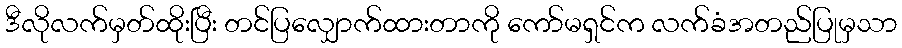
ဒီလိုလက်မှတ်ထိုးပြီး တင်ပြလျှောက်ထားတာကို ကော်မရှင်က လက်ခံအတည်ပြုမှသာ